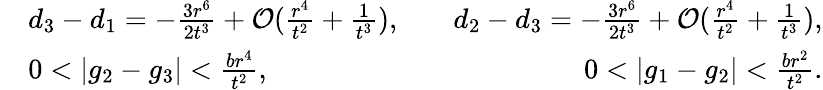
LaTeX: \begin{array}{rlr}&{d_{3}-d_{1}=-\frac{3r^{6}}{2t^{3}}+\mathcal{O}(\frac{r^{4}}{t^{2}}+\frac{1}{t^{3}}),\quad}&{d_{2}-d_{3}=-\frac{3r^{6}}{2t^{3}}+\mathcal{O}(\frac{r^{4}}{t^{2}}+\frac{1}{t^{3}}),}\\ &{0<|g_{2}-g_{3}|<\frac{br^{4}}{t^{2}},\quad}&{0<|g_{1}-g_{2}|<\frac{br^{2}}{t^{2}}.}\end{array}